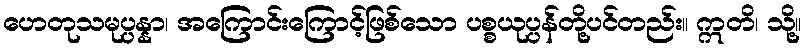
ဟေတုသမုပ္ပန္နာ၊ အကြောင်းကြောင့်ဖြစ်သော ပစ္စယုပ္ပန်တို့ပင်တည်း။ ဣတိ၊ သို့။